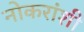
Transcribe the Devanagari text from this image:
नोकरांशी